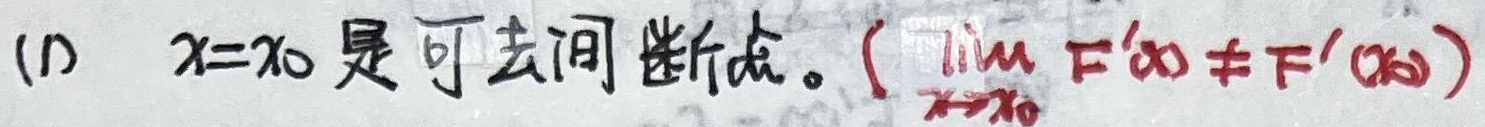
(1) $x = x_0$ 是可去间断点。（$\lim_{x \to x_0} F^{\prime}(x) \neq F^{\prime}(x_0)$）